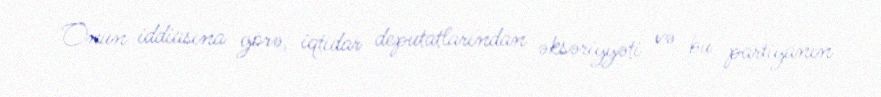
Onun iddiasına görə, iqtidar deputatlarından əksəriyyəti və bu partiyanın